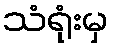
သံရုံးမှ